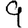
Digit: 9